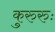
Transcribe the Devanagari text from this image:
कुरुरुः